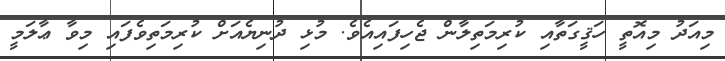
މިއަދު މިއޮތީ ހަޤީގަތާއި ކުރިމަތިލާން ޖެހިފައިއެވެ. މުޅި ދުނިޔެއަށް ކުރިމަތިވެފައި މިވާ ޢާލަމީ